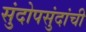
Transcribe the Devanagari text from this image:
सुंदोपसुंदांची